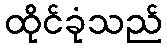
ထိုင်ခုံသည်